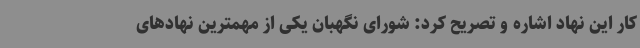
کار این نهاد اشاره و تصریح کرد: شورای نگهبان یکی از مهمترین نهادهای